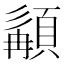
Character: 𩓿